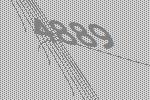
4889